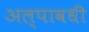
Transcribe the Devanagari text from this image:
अल्पावधी